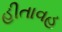
હીતાવહ